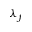
\lambda _ { f }